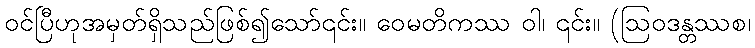
ဝင်ပြီဟုအမှတ်ရှိသည်ဖြစ်၍သော်၎င်း။ ဝေမတိကဿ ဝါ၊ ၎င်း။ (ဩဝဒန္တဿစ၊